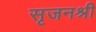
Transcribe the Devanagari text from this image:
सृजनश्री